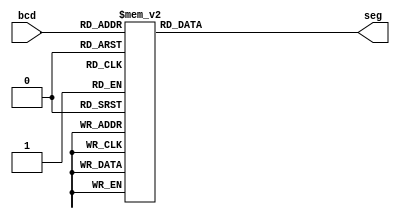
module FND_decoder(bcd, seg);
input [3:0] bcd;
output reg [6:0] seg;

always @ (bcd) begin
    case(bcd)
    4'd0 : seg = 7'b1000_000;
    4'd1 : seg = 7'b1111_001;
    4'd2 : seg = 7'b0100_100;
    4'd3 : seg = 7'b0110_000;
    4'd4 : seg = 7'b0011_001;
    4'd5 : seg = 7'b0010_010;
    4'd6 : seg = 7'b0000_010;
    4'd7 : seg = 7'b1011_000;
    4'd8 : seg = 7'b0000_000;
    4'd9 : seg = 7'b0010_000;
    4'd10 : seg = 7'b0111_111; //minus sign
    4'd11 : seg = 7'b1111_111; //led off
    default : seg = 7'bxxxxxxx;
    endcase
end
endmodule